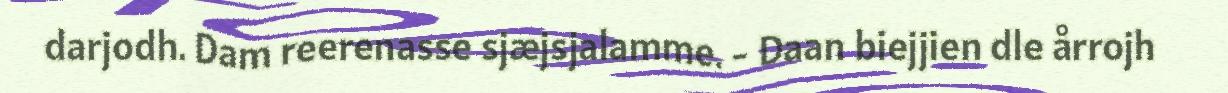
darjodh. Dam reerenasse sjæjsjalamme. - Daan biejjien dle årrojh